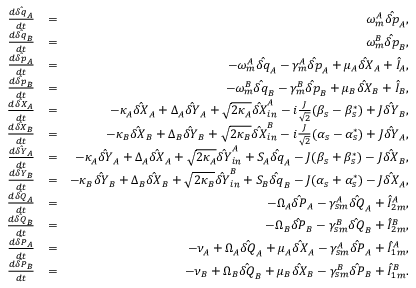
\begin{array} { r l r } { \frac { d \hat { \delta q } _ { A } } { d t } } & { = } & { \omega _ { m } ^ { A } \hat { \delta p } _ { A } , } \\ { \frac { d \hat { \delta q } _ { B } } { d t } } & { = } & { \omega _ { m } ^ { B } \hat { \delta p } _ { B } , } \\ { \frac { d \hat { \delta p } _ { A } } { d t } } & { = } & { - \omega _ { m } ^ { A } \hat { \delta q } _ { A } - \gamma _ { m } ^ { A } \hat { \delta p } _ { A } + \mu _ { A } \hat { \delta X } _ { A } + \hat { I } _ { A } , } \\ { \frac { d \hat { \delta p } _ { B } } { d t } } & { = } & { - \omega _ { m } ^ { B } \hat { \delta q } _ { B } - \gamma _ { m } ^ { B } \hat { \delta p } _ { B } + \mu _ { B } \hat { \delta X } _ { B } + \hat { I } _ { B } , } \\ { \frac { d \hat { \delta X } _ { A } } { d t } } & { = } & { - \kappa _ { A } \hat { \delta X } _ { A } + \Delta _ { A } \hat { \delta Y } _ { A } + \sqrt { 2 \kappa _ { A } } \hat { \delta X } _ { i n } ^ { A } - i \frac { J } { \sqrt { 2 } } ( \beta _ { s } - \beta _ { s } ^ { * } ) + J \hat { \delta Y } _ { B } , } \\ { \frac { d \hat { \delta X } _ { B } } { d t } } & { = } & { - \kappa _ { B } \hat { \delta X } _ { B } + \Delta _ { B } \hat { \delta Y } _ { B } + \sqrt { 2 \kappa _ { B } } \hat { \delta X } _ { i n } ^ { B } - i \frac { J } { \sqrt { 2 } } ( \alpha _ { s } - \alpha _ { s } ^ { * } ) + J \hat { \delta Y } _ { A } , } \\ { \frac { d \hat { \delta Y } _ { A } } { d t } } & { = } & { - \kappa _ { A } \hat { \delta Y } _ { A } + \Delta _ { A } \hat { \delta X } _ { A } + \sqrt { 2 \kappa _ { A } } \hat { \delta Y } _ { i n } ^ { A } + S _ { A } \hat { \delta q } _ { A } - J ( \beta _ { s } + \beta _ { s } ^ { * } ) - J \hat { \delta X } _ { B } , } \\ { \frac { d \hat { \delta Y } _ { B } } { d t } } & { = } & { - \kappa _ { B } \hat { \delta Y } _ { B } + \Delta _ { B } \hat { \delta X } _ { B } + \sqrt { 2 \kappa _ { B } } \hat { \delta Y } _ { i n } ^ { B } + S _ { B } \hat { \delta q } _ { B } - J ( \alpha _ { s } + \alpha _ { s } ^ { * } ) - J \hat { \delta X } _ { A } , } \\ { \frac { d \hat { \delta Q } _ { A } } { d t } } & { = } & { - \Omega _ { A } \hat { \delta P } _ { A } - \gamma _ { s m } ^ { A } \hat { \delta Q } _ { A } + \hat { I } _ { 2 m } ^ { A } , } \\ { \frac { d \hat { \delta Q } _ { B } } { d t } } & { = } & { - \Omega _ { B } \hat { \delta P } _ { B } - \gamma _ { s m } ^ { B } \hat { \delta Q } _ { B } + \hat { I } _ { 2 m } ^ { B } , } \\ { \frac { d \hat { \delta P } _ { A } } { d t } } & { = } & { - \nu _ { A } + \Omega _ { A } \hat { \delta Q } _ { A } + \mu _ { A } \hat { \delta X } _ { A } - \gamma _ { s m } ^ { A } \hat { \delta P } _ { A } + \hat { I } _ { 1 m } ^ { A } , } \\ { \frac { d \hat { \delta P } _ { B } } { d t } } & { = } & { - \nu _ { B } + \Omega _ { B } \hat { \delta Q } _ { B } + \mu _ { B } \hat { \delta X } _ { B } - \gamma _ { s m } ^ { B } \hat { \delta P } _ { B } + \hat { I } _ { 1 m } ^ { B } . } \end{array}